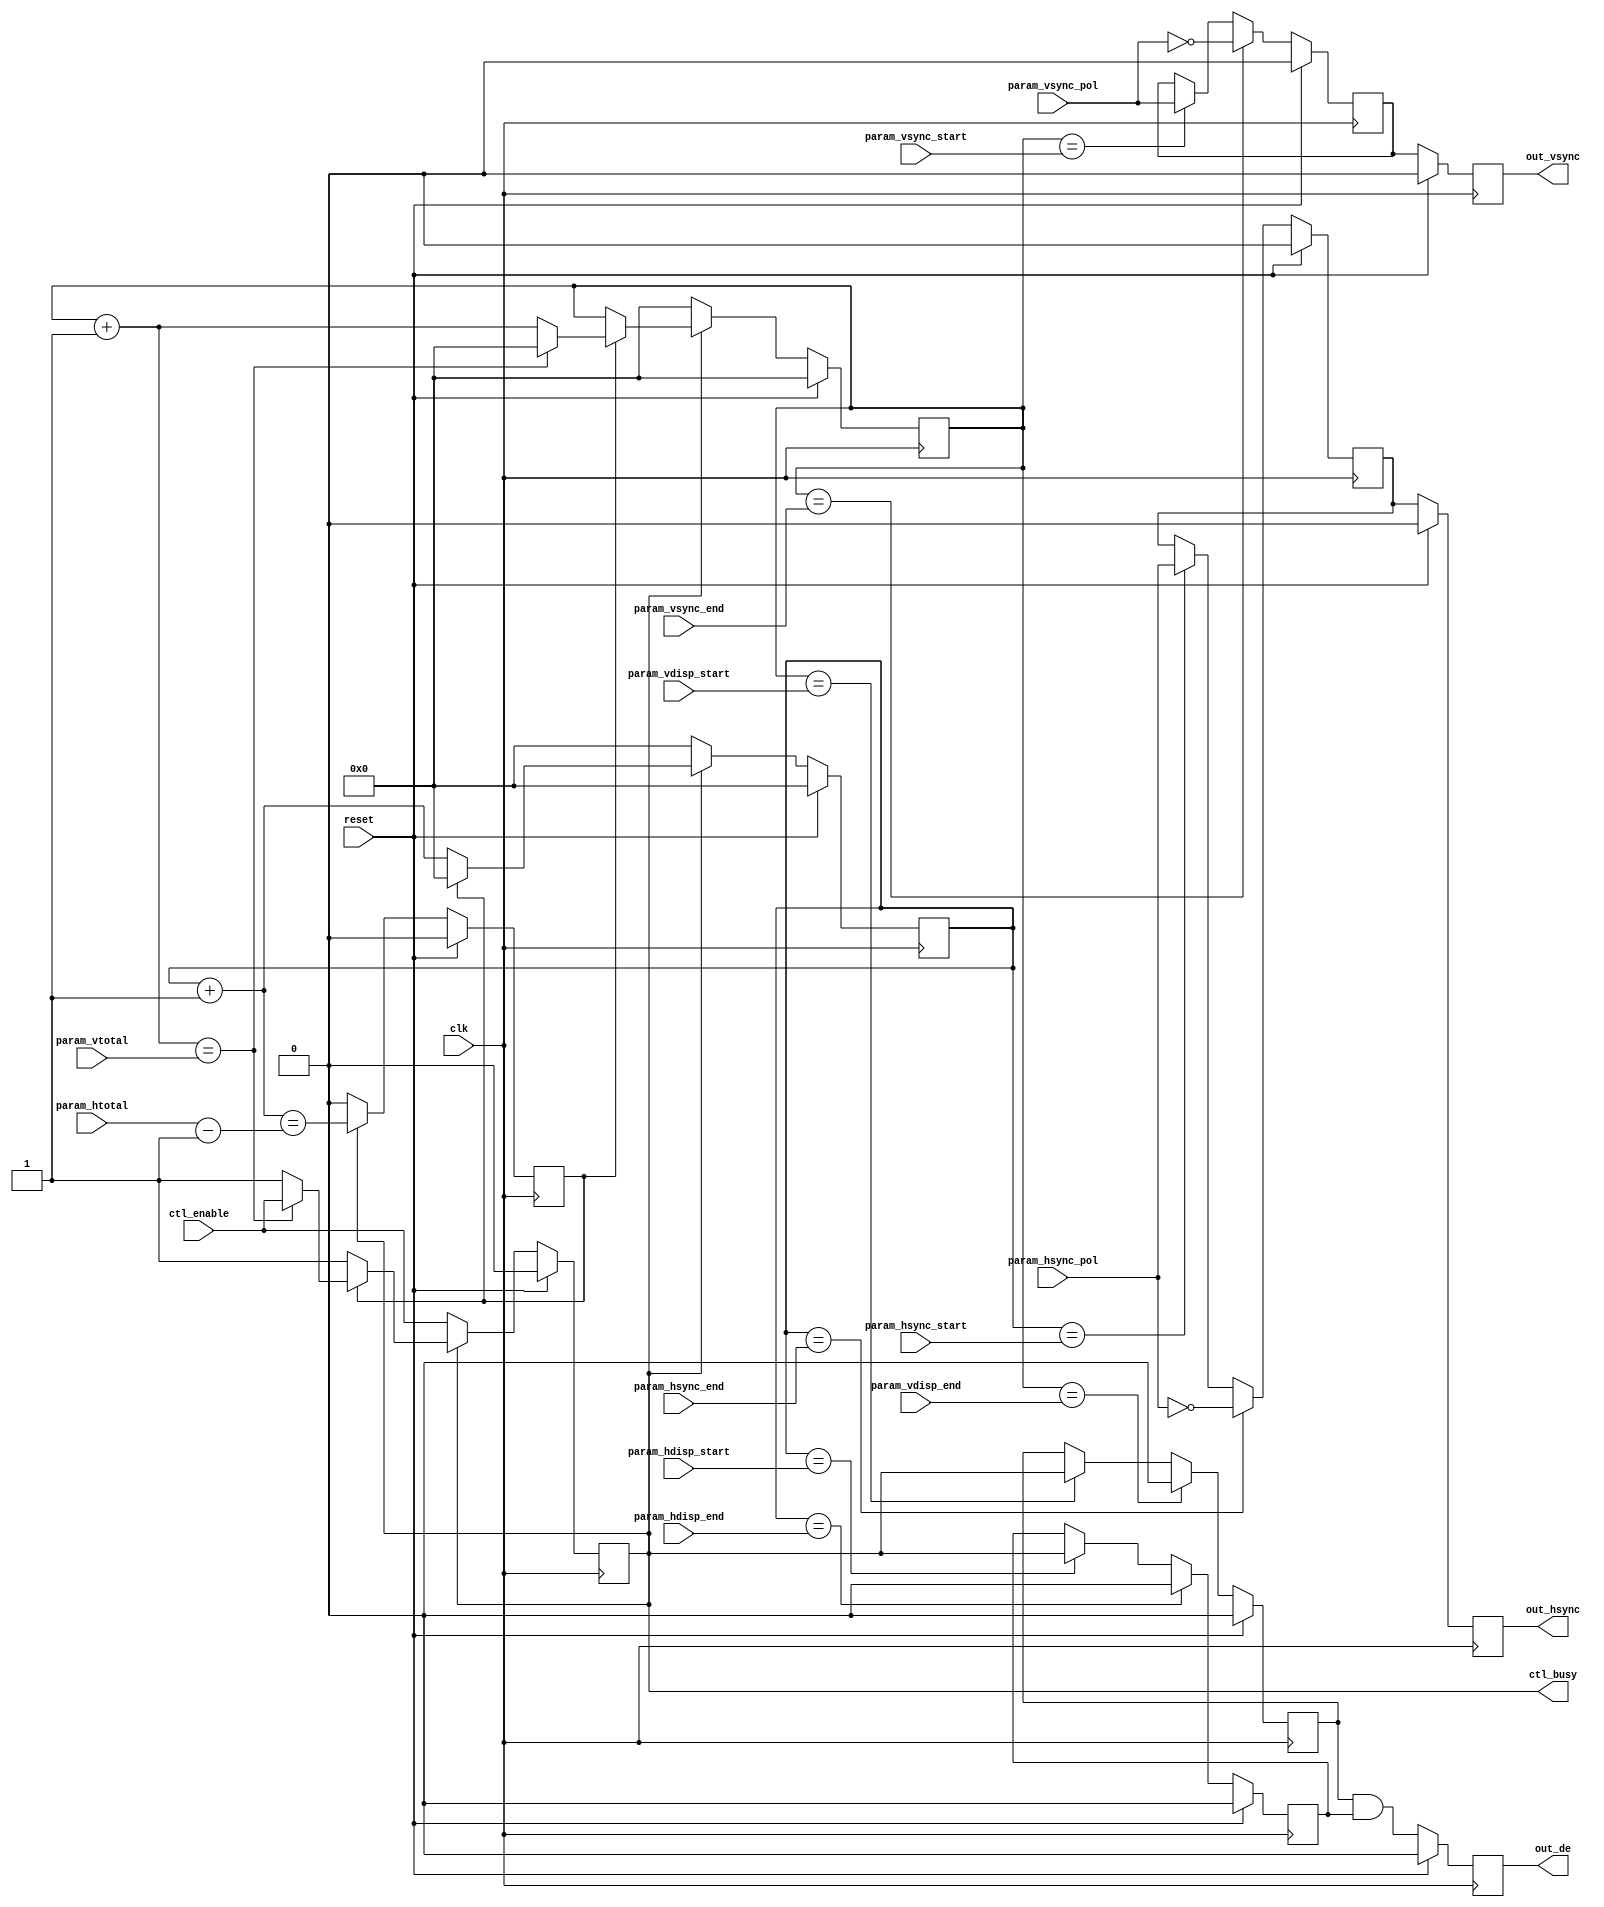
// This program was cloned from: https://github.com/ryuz/jelly
// License: MIT License

// ---------------------------------------------------------------------------
//  Jelly  -- The FPGA processing system
//
//                                 Copyright (C) 2008-2015 by Ryuz
//                                 https://github.com/ryuz/jelly.git
// ---------------------------------------------------------------------------



`timescale 1ns / 1ps
`default_nettype none



// vide sync generator
module jelly_vsync_generator_core
        #(
            parameter   V_COUNTER_WIDTH = 12,
            parameter   H_COUNTER_WIDTH = 12
        )
        (
            input   wire                            reset,
            input   wire                            clk,
            
            input   wire                            ctl_enable,
            output  wire                            ctl_busy,
            
            input   wire    [H_COUNTER_WIDTH-1:0]   param_htotal,
            input   wire    [H_COUNTER_WIDTH-1:0]   param_hdisp_start,
            input   wire    [H_COUNTER_WIDTH-1:0]   param_hdisp_end,
            input   wire    [H_COUNTER_WIDTH-1:0]   param_hsync_start,
            input   wire    [H_COUNTER_WIDTH-1:0]   param_hsync_end,
            input   wire                            param_hsync_pol,        // 0:n 1:p
            input   wire    [V_COUNTER_WIDTH-1:0]   param_vtotal,
            input   wire    [V_COUNTER_WIDTH-1:0]   param_vdisp_start,
            input   wire    [V_COUNTER_WIDTH-1:0]   param_vdisp_end,
            input   wire    [V_COUNTER_WIDTH-1:0]   param_vsync_start,
            input   wire    [V_COUNTER_WIDTH-1:0]   param_vsync_end,
            input   wire                            param_vsync_pol,        // 0:n 1:p
            
            output  wire                            out_vsync,
            output  wire                            out_hsync,
            output  wire                            out_de
        );
    
    // control stage
    reg                             reg_busy;
    reg                             reg_h_last;
    reg     [H_COUNTER_WIDTH-1:0]   reg_h_count;
    reg     [V_COUNTER_WIDTH-1:0]   reg_v_count;
    wire    [H_COUNTER_WIDTH-1:0]   next_h_count = reg_h_count + 1'b1;
    wire    [V_COUNTER_WIDTH-1:0]   next_v_count = reg_v_count + 1'b1;
    
    // pipeline stage1
    reg                             st1_vsync;
    reg                             st1_hsync;
    reg                             st1_vde;
    reg                             st1_hde;
    
    // pipeline stage2
    reg                             st2_vsync;
    reg                             st2_hsync;
    reg                             st2_de;
    
    always @(posedge clk) begin
        if ( reset ) begin
            reg_busy    <= 1'b0;
            reg_h_last  <= 1'b0;
            reg_h_count <= {H_COUNTER_WIDTH{1'b0}};
            reg_v_count <= {V_COUNTER_WIDTH{1'b0}};
            
            st1_vsync   <= 1'b0;
            st1_hsync   <= 1'b0;
            st1_vde     <= 1'b0;
            st1_hde     <= 1'b0;
            
            st2_vsync   <= 1'b0;
            st2_hsync   <= 1'b0;
            st2_de      <= 1'b0;
        end
        else begin
            // control stage
            if ( !reg_busy ) begin
                reg_busy    <= ctl_enable;
                reg_h_last  <= 1'b0;
                reg_h_count <= {H_COUNTER_WIDTH{1'b0}};
                reg_v_count <= {V_COUNTER_WIDTH{1'b0}};
            end
            else begin
                reg_h_count <= next_h_count;
                reg_h_last  <= (next_h_count == (param_htotal-1'b1));
                if ( reg_h_last ) begin
                    reg_h_count <= {H_COUNTER_WIDTH{1'b0}};
                    reg_v_count <= next_v_count;
                    if ( next_v_count == param_vtotal ) begin
                        reg_busy    <= ctl_enable;
                        reg_v_count <= {V_COUNTER_WIDTH{1'b0}};
                    end
                end
            end
            
            
            // stage1
            if ( reg_h_count == param_hdisp_start ) begin
                st1_hde <= reg_busy;
            end
            
            if ( reg_h_count == param_hdisp_end ) begin
                st1_hde <= 1'b0;
            end
            
            if ( reg_h_count == param_hsync_start ) begin
                st1_hsync <= param_hsync_pol;
            end
            if ( reg_h_count == param_hsync_end ) begin
                st1_hsync <= ~param_hsync_pol;
            end
            
            if ( reg_v_count == param_vdisp_start ) begin
                st1_vde <= reg_busy;
            end
            if ( reg_v_count == param_vdisp_end /*&& reg_h_last*/ ) begin
                st1_vde <= 1'b0;
            end
            
            if ( reg_v_count == param_vsync_start ) begin
                st1_vsync <= param_vsync_pol;
            end
            if ( reg_v_count == param_vsync_end /*&& reg_h_last*/ ) begin
                st1_vsync <= ~param_vsync_pol;
            end
            
            
            // stage2
            st2_vsync <= st1_vsync;
            st2_hsync <= st1_hsync;
            st2_de    <= st1_vde & st1_hde;
        end
    end
    
    assign ctl_busy  = reg_busy;
    
    assign out_vsync = st2_vsync;
    assign out_hsync = st2_hsync;
    assign out_de    = st2_de;
    
    
endmodule


`default_nettype wire


// end of file